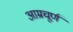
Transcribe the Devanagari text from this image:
आम्रचूर्ण